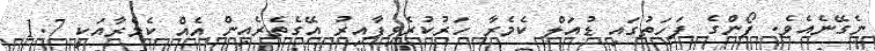
ނެގޭނެއެވެ. ފޯންގެ ފަހަތުގައި ޑުއަލް ކެމެރާ ހަރުކުރެވިފާއިރު އޭގެތެރެއިން އެއް ކެމެރާއަކީ 1.7